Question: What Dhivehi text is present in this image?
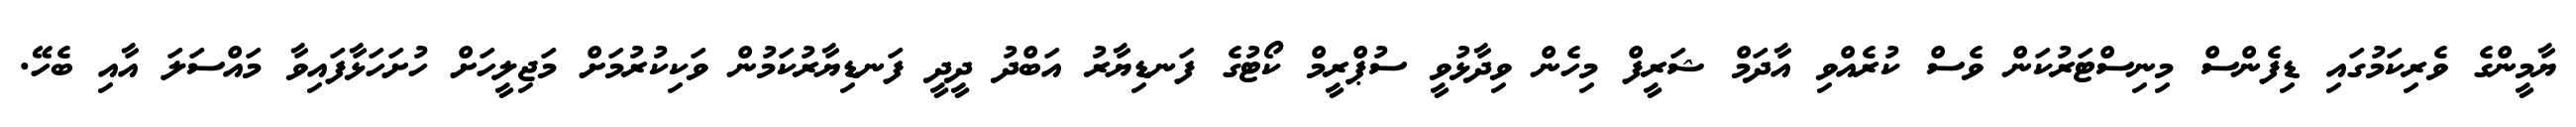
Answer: ޔާމީންގެ ވެރިކަމުގައި ޑިފެންސް މިނިސްޓަރުކަން ވެސް ކުރެއްވި އާދަމް ޝަރީފް މިހެން ވިދާޅުވީ ސުޕްރީމް ކޯޓުގެ ފަނޑިޔާރު އަބްދު ދީދީ ފަނޑިޔާރުކަމުން ވަކިކުރުމަށް މަޖިލީހަށް ހުށަހަޅާފައިވާ މައްސަލަ އާއި ބެހޭ.